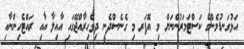
އަޅުގަނޑުމެންގެ ކަސްޓަމަރުންނަށް މި އޮފަރ މި ގެނެސްދެނީ ދިވެހިރާއްޖޭގައި އާއިލާ އާއި ރައްޓެހިންނާއި